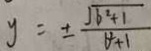
y = \pm \frac { \sqrt { b ^ { 2 } + 1 } } { b ^ { 2 } + 1 }